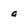
Character: a